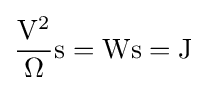
{\frac {\rm {{V}^{2}}}{\rm {\Omega }}}{\rm {{s}={\rm {{W}{\rm {{s}={\rm {J}}}}}}}}